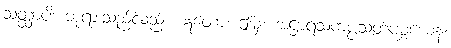
သတ္ထာပိ၊ ဘုရားသည်လည်း။ ဣတော၊ ဤမှ။ အဋ္ဌာရသကပ္ပသတပစ္စယေန၊